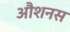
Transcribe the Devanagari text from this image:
औशनस